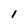
Character: I